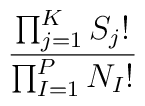
\frac{\prod_{j=1}^K S_j!}{\prod_{I=1}^P N_I!}